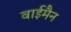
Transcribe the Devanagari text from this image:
वाईमैन